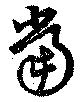
当